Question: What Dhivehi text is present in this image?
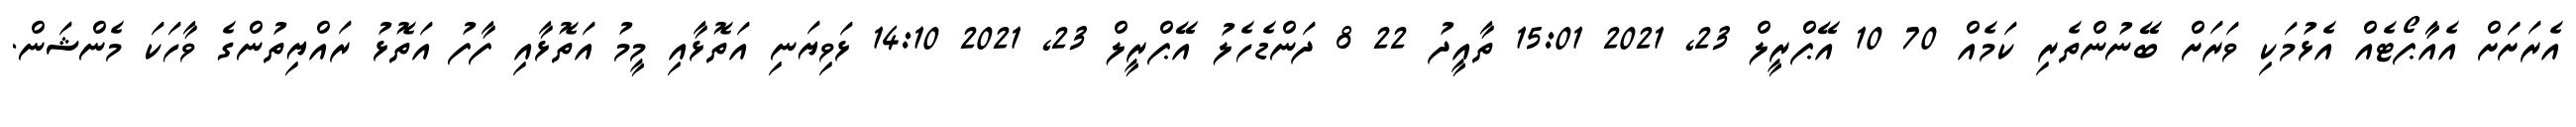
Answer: އެރަށަަށް އެއާާޕޯޓެއް އެޅުމަކި ވަރަށް ބޭނުންތެރި ކަމެއް 70 10 އޭޕްރީލް 23, 2021 15:01 ތާއީދު 22 8 ދަންޑެހެލު އޭޕްރީލް 23, 2021 14:10 ޅަވިޔަނި އަތޮޅާއި މީމު އަތޮޅާއި ފާފު އަތޮޅު ރައްޔިތުންގެ ވާހަކަ މެންޝަން.